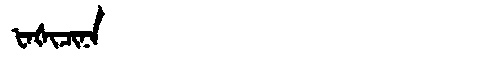
Manchu: ᡶᠠᡧᡳᠴᡳᠨᠠ
Romanization: FAŠICINA